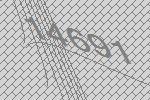
14691